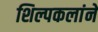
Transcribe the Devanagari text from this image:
शिल्पकलांने